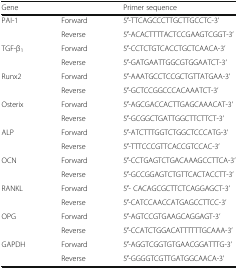
<table><thead><tr><td><b>Gene</b></td><td></td><td><b>Primer sequence</b></td></tr></thead><tbody><tr><td rowspan="2">PAI-1</td><td>Forward</td><td>5′-TTCAGCCCTTGCTTGCCTC-3’</td></tr><tr><td>Reverse</td><td>5′-ACACTTTTACTCCGAAGTCGGT-3’</td></tr><tr><td rowspan="2">TGF-β<sub>1</sub></td><td>Forward</td><td>5′-CCTCTGTCACCTGCTCAACA-3’</td></tr><tr><td>Reverse</td><td>5′-GATGAATTGGCGTGGAATCT-3’</td></tr><tr><td rowspan="2">Runx2</td><td>Forward</td><td>5′-AAATGCCTCCGCTGTTATGAA-3’</td></tr><tr><td>Reverse</td><td>5′-GCTCCGGCCCACAAATCT-3’</td></tr><tr><td rowspan="2">Osterix</td><td>Forward</td><td>5′-AGCGACCACTTGAGCAAACAT-3’</td></tr><tr><td>Reverse</td><td>5′-GCGGCTGATTGGCTTCTTCT-3’</td></tr><tr><td rowspan="2">ALP</td><td>Forward</td><td>5′-ATCTTTGGTCTGGCTCCCATG-3’</td></tr><tr><td>Reverse</td><td>5′-TTTCCCGTTCACCGTCCAC-3’</td></tr><tr><td rowspan="2">OCN</td><td>Forward</td><td>5′-CCTGAGTCTGACAAAGCCTTCA-3’</td></tr><tr><td>Reverse</td><td>5′-GCCGGAGTCTGTTCACTACCTT-3’</td></tr><tr><td rowspan="2">RANKL</td><td>Forward</td><td>5′- CACAGCGCTTCTCAGGAGCT-3’</td></tr><tr><td>Reverse</td><td>5′-CATCCAACCATGAGCCTTCC-3’</td></tr><tr><td rowspan="2">OPG</td><td>Forward</td><td>5′-AGTCCGTGAAGCAGGAGT-3’</td></tr><tr><td>Reverse</td><td>5′-CCATCTGGACATTTTTTGCAAA-3’</td></tr><tr><td rowspan="2">GAPDH</td><td>Forward</td><td>5′-AGGTCGGTGTGAACGGATTTG-3’</td></tr><tr><td>Reverse</td><td>5′-GGGGTCGTTGATGGCAACA-3’</td></tr></tbody></table>